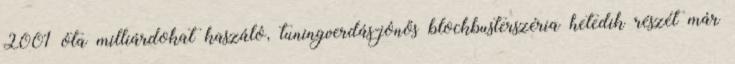
2001 óta milliárdokat kaszáló, tuningverdás-jónős blockbusterszéria hetedik részét már